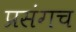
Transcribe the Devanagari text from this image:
प्रसंगच